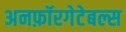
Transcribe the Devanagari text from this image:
अनफ़ॉरगेटेबल्स